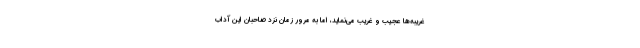
غریبه‌ها عجیب و غریب می‌نماید، اما به مرور زمان نزد صاحبان این آداب